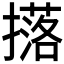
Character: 𭢥